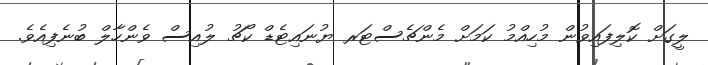
ލީގަށް ކޮލިފައިވުން މުހިއްމު ކަމަށް މެންޗެސްޓަރ ޔުނައިޓެޑް ކޯޗު ލުއިސް ވެންހާލް ބުނެފިއެވެ.